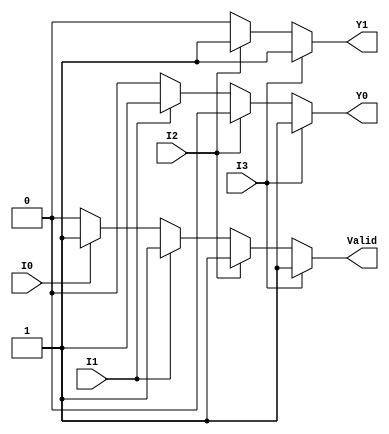
module priority_encoder (
    input wire I0,  // Input 0 (lowest priority)
    input wire I1,  // Input 1
    input wire I2,  // Input 2
    input wire I3,  // Input 3 (highest priority)
    output reg Y1,  // Most significant bit of the output
    output reg Y0,  // Least significant bit of the output
    output reg Valid // Indication if any input is active
);

always @(*) begin
    // Default output values
    Y1 = 1'b0;
    Y0 = 1'b0;
    Valid = 1'b0;

    // Check the inputs in order of priority
    if (I3) begin
        Y1 = 1'b1;
        Y0 = 1'b1;
        Valid = 1'b1; // At least one input is active
    end else if (I2) begin
        Y1 = 1'b1;
        Y0 = 1'b0;
        Valid = 1'b1; // At least one input is active
    end else if (I1) begin
        Y1 = 1'b0;
        Y0 = 1'b1;
        Valid = 1'b1; // At least one input is active
    end else if (I0) begin
        Y1 = 1'b0;
        Y0 = 1'b0;
        Valid = 1'b1; // At least one input is active
    end else begin
        // If no inputs are active, Valid remains 0
        Valid = 1'b0;
    end
end

endmodule